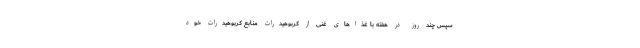
سپس چند روز در هفته با غذاهای غنی از کربوهیدرات منابع کربوهیدرات خود